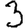
Digit: 3